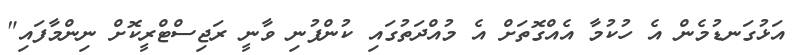
އަޅުގަނޑުމެން އެ ހުކުމާ އެއްގޮތަށް އެ މުއްދަތުގައި ކުންފުނި ވާނީ ރަޖިސްޓްރީކޮށް ނިންމާފައި"